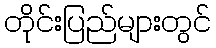
တိုင်းပြည်များတွင်